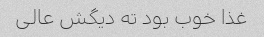
غذا خوب بود ته دیگش عالی